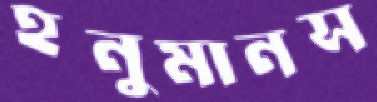
হনুমানস